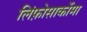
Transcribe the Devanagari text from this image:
लिंफ़ोसार्कोमा